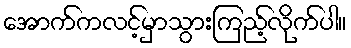
အောက်ကလင့်မှာသွားကြည့်လိုက်ပါ။